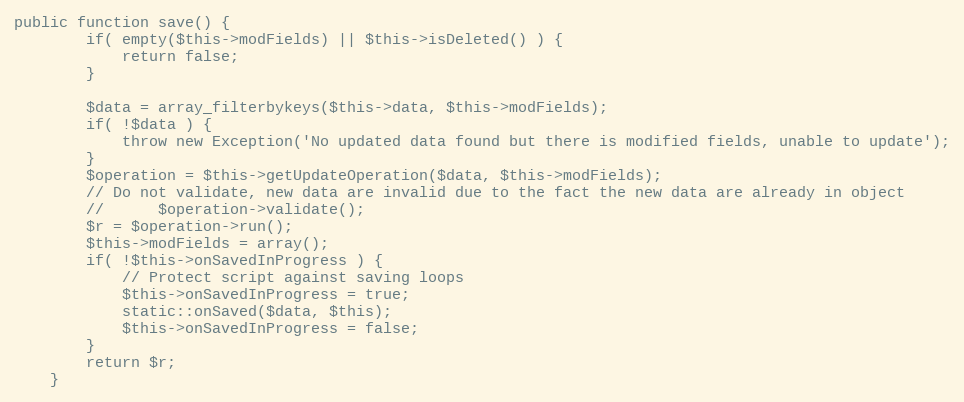
Language: PHP
public function save() {
		if( empty($this->modFields) || $this->isDeleted() ) {
			return false;
		}

		$data = array_filterbykeys($this->data, $this->modFields);
		if( !$data ) {
			throw new Exception('No updated data found but there is modified fields, unable to update');
		}
		$operation = $this->getUpdateOperation($data, $this->modFields);
		// Do not validate, new data are invalid due to the fact the new data are already in object
		// 		$operation->validate();
		$r = $operation->run();
		$this->modFields = array();
		if( !$this->onSavedInProgress ) {
			// Protect script against saving loops
			$this->onSavedInProgress = true;
			static::onSaved($data, $this);
			$this->onSavedInProgress = false;
		}
		return $r;
	}